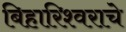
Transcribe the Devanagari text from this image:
बिहारिश्वराचे